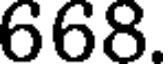
668.